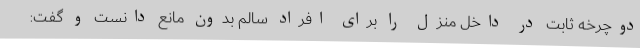
دوچرخه ثابت در داخل منزل را برای افراد سالم بدون مانع دانست و گفت: